Scottish Leaving Certificate Examination, 1958
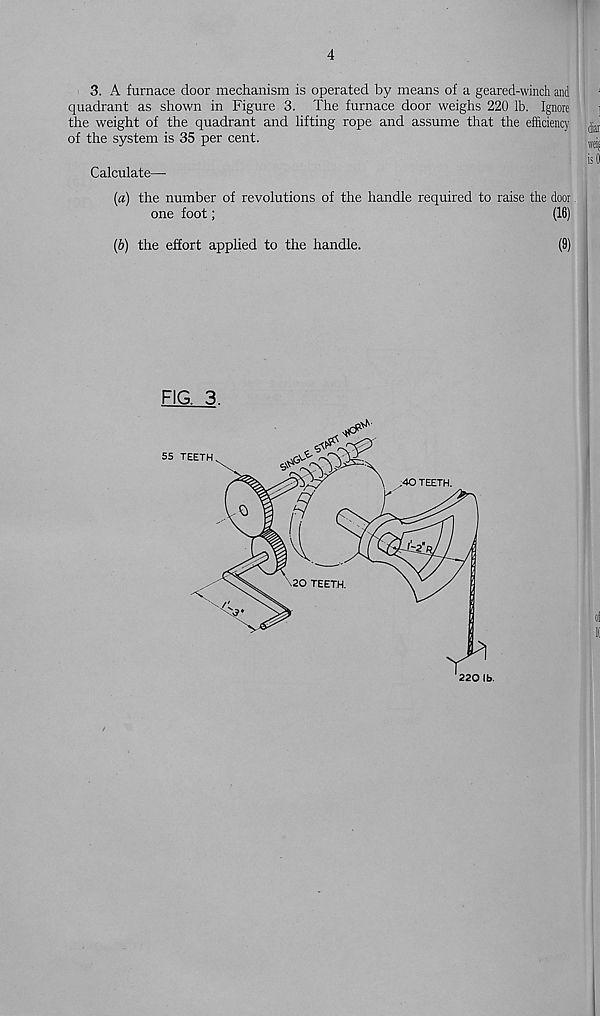
4
3. A furnace door mechanism is operated by means of a geared-winch and
quadrant as shown in Figure 3. The furnace door weighs 220 lb. Ignore
the weight of the quadrant and lifting rope and assume that the effidency
of the system is 35 per cent.
Calculate—
(a) the number of revolutions of the handle required to raise the door.
one foot;
(16)
(b) the effort applied to the handle.
(9)
FIG. 3.